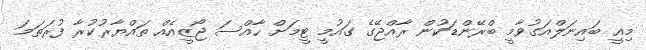
މިއީ ބައިނަލްއަގުވާމީ ބްރޭންޑަކުން ރާއްޖޭގެ ގައުމީ ޓީމަށް ހާއްސަ ޖޯޒީއެއް ތައްޔާރުކުރާ ފުރަތަމަ